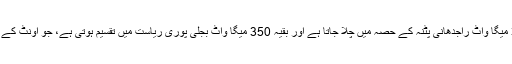
جس کا آدھا حصہ یعنی 350 میگا واٹ راجدھانی پٹنہ کے حصہ میں چلا جاتا ہے اور بقیہ 350 میگا واٹ بجلی پوری ریاست میں تقسیم ہوتی ہے، جو اونٹ کے منہ میں زیرہ ثابت ہوتی ہے۔